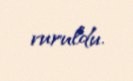
vuruldu.